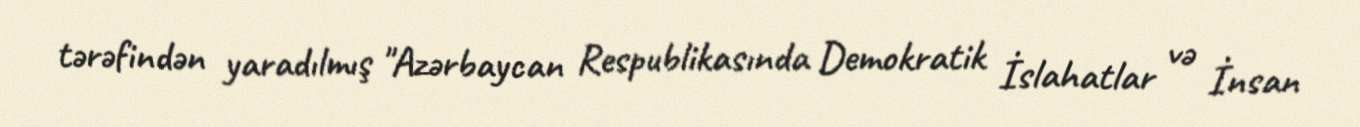
tərəfindən yaradılmış "Azərbaycan Respublikasında Demokratik İslahatlar və İnsan